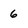
Character: 6